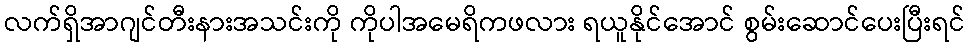
လက်ရှိအာဂျင်တီးနားအသင်းကို ကိုပါအမေရိကဖလား ရယူနိုင်အောင် စွမ်းဆောင်ပေးပြီးရင်